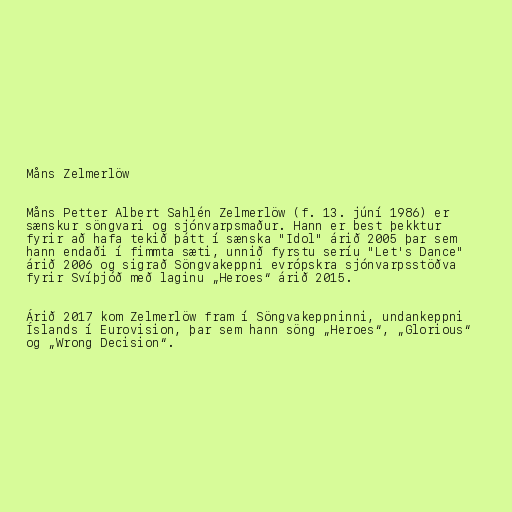
Måns Zelmerlöw

Måns Petter Albert Sahlén Zelmerlöw (f. 13. júní 1986) er
sænskur söngvari og sjónvarpsmaður. Hann er best þekktur
fyrir að hafa tekið þátt í sænska "Idol" árið 2005 þar sem
hann endaði í fimmta sæti, unnið fyrstu seríu "Let's Dance"
árið 2006 og sigrað Söngvakeppni evrópskra sjónvarpsstöðva
fyrir Svíþjóð með laginu „Heroes“ árið 2015.

Árið 2017 kom Zelmerlöw fram í Söngvakeppninni, undankeppni
Íslands í Eurovision, þar sem hann söng „Heroes“, „Glorious“
og „Wrong Decision“.